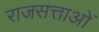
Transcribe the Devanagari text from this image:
राजसत्ताओं